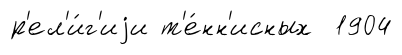
р'ел'и́г'иjи т'е́нн'исных 1904